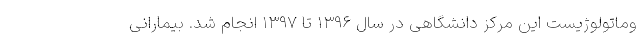
وماتولوژیست این مرکز دانشگاهی در سال ۱۳۹۶ تا ۱۳۹۷ انجام شد. بیمارانی